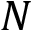
N